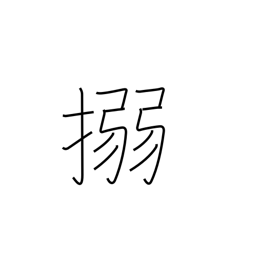
Meaning: bind